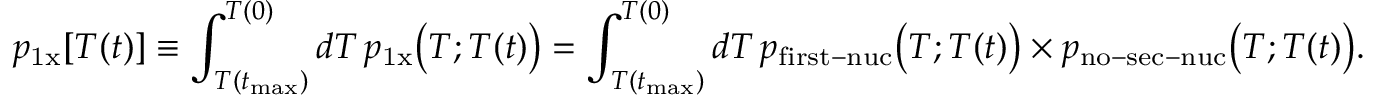
p _ { \mathrm { 1 x } } [ T ( t ) ] \equiv \int _ { T ( t _ { \mathrm { m a x } } ) } ^ { T ( 0 ) } d T \, p _ { \mathrm { 1 x } } \big ( T ; T ( t ) \big ) = \int _ { T ( t _ { \mathrm { m a x } } ) } ^ { T ( 0 ) } d T \, p _ { \mathrm { f i r s t - n u c } } \big ( T ; T ( t ) \big ) \times p _ { \mathrm { n o - s e c - n u c } } \big ( T ; T ( t ) \big ) .